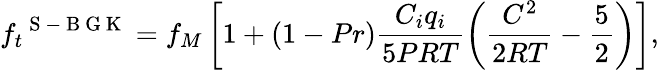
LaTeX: {{f}_{t}}^{\mathrm{~S~-~B~G~K~}}={{f}_{M}}\left[1+(1-Pr)\frac{{{C}_{i}}{{q}_{i}}}{5PRT}\left(\frac{{{C}^{2}}}{2RT}-\frac{5}{2}\right)\right],